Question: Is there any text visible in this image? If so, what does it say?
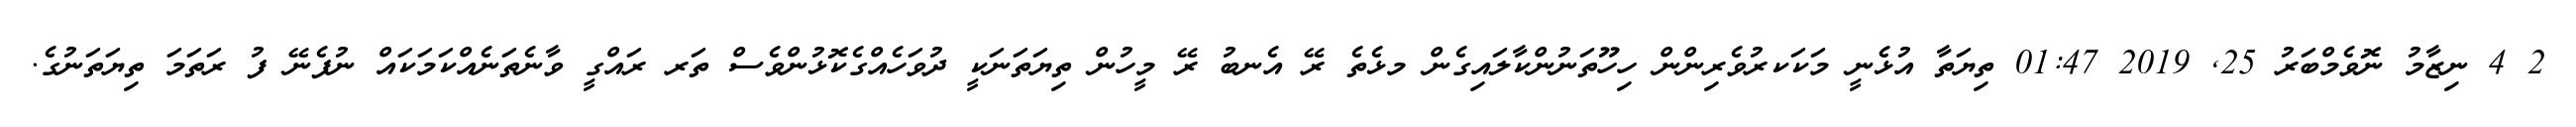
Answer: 2 4 ނިޒާމު ނޮވެމްބަރު 25, 2019 01:47 ތިޔަތާ އުޅެނީ މަކަކރުވެރިންން ހިހޫތަނުންކާލައިގެން މޅެތެ ރޭ އެނބު ރޭ މީހުން ތިޔަތަނަކީ ދުވަހެއްގެކޮޅުންވެސް ތަރ ރައްގީ ވާނެތަނެއްކަމަކައް ނުފެނޭ ފު ރަތަމަ ތިޔަތަނުގެ.